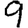
Digit: 9